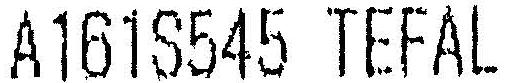
A161S545 TEFAL